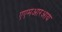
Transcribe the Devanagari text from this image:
एएमआरआय